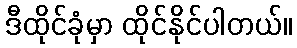
ဒီထိုင်ခုံမှာ ထိုင်နိုင်ပါတယ်။